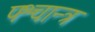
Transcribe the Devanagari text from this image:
पश्चान्त्र